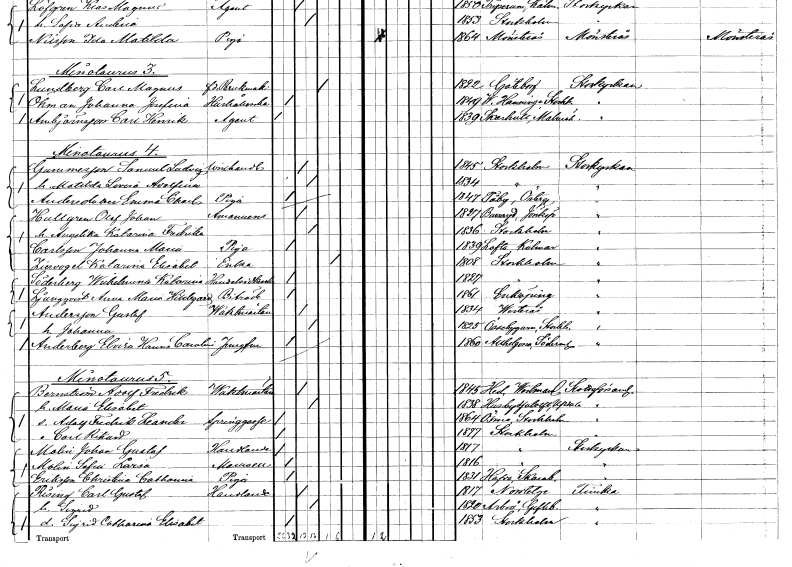
gt_parse: households: individuals: FN: Samuel Ludvig
EN: Gummesson
YRKE: Vinhandlare
KON: M
CIV: G
FODAR: 1845
FODFORS: Stockholm
FN: Matilda Lovisa Adolfina
KON: K
CIV: G
FODAR: 1834
FODFORS: Stockholm
FN: Emma Charlotta
EN: Andersdotter
YRKE: Piga
KON: K
CIV: O
FODAR: 1847
FODFORS: Tåby Östergötlands län
FN: Olof Johan
EN: Hultgren
YRKE: Amanuens
KON: M
CIV: G
FODAR: 1827
FODFORS: Burseryd Jönköpings län
FN: Angelika Katarina Fredrika
KON: K
CIV: G
FODAR: 1836
FODFORS: Stockholm
FN: Johanna Maria
EN: Carlsson
YRKE: Piga
KON: K
CIV: O
FODAR: 1839
FODFORS: Lofta Kalmar län
FN: Katarina Elisabet
EN: Ziervogel
YRKE: Änka
KON: K
CIV: E
FODAR: 1808
FODFORS: Stockholm
FN: Wilhelmina Katarina
EN: Söderberg
YRKE: Handelsidkerska
KON: K
CIV: O
FODAR: 1827
FODFORS: Stockholm
FN: Anna Maria Hildegard
EN: Ljungqvist
YRKE: Biträde
KON: K
CIV: O
FODAR: 1861
FODFORS: Enköping Uppsala län
FN: Gustaf
EN: Andersson
YRKE: Vaktmästare
KON: M
CIV: G
FODAR: 1834
FODFORS: Västerås Västmanlands län
FN: Johanna
KON: K
CIV: G
FODAR: 1825
FODFORS: Össeby-Garn Stockholms län
FN: Elvira Hanna Carolina
EN: Anderberg
YRKE: Jungfru
KON: K
CIV: O
FODAR: 1860
FODFORS: Helgona Södermanlands län
FN: Adolf Fredrik
EN: Bernström
YRKE: Vaktmästare
KON: M
CIV: G
FODAR: 1845
FODFORS: Hed Västmanlands län
FN: Maria Elisabet
KON: K
CIV: G
FODAR: 1838
FODFORS: Husby-Sjutolft Uppsala län
FN: Adolf Fredrik Leander
YRKE: Springgosse
KON: M
CIV: O
FODAR: 1864
FODFORS: Ösmo Stockholms län
FN: Carl Rikard
KON: M
CIV: O
FODAR: 1877
FODFORS: Stockholm
FN: Johan Gustaf
EN: Molin
YRKE: Handlande
KON: M
CIV: O
FODAR: 1817
FODFORS: Stockholm
FN: Sofia Laria
EN: Molin
KON: K
CIV: O
FODAR: 1816
FODFORS: Stockholm
FN: Christina Catharina
EN: Eriksson
YRKE: Piga
KON: K
CIV: O
FODAR: 1831
FODFORS: Hova Skaraborgs län
FN: Carl Gustaf
EN: Rising
YRKE: Handlande
KON: M
CIV: G
FODAR: 1817
FODFORS: Norrtälje Stockholms län
FN: Sigrid
KON: K
CIV: G
FODAR: 1820
FODFORS: Arbrå Gävleborgs län
FN: Sigrid Catharina Elisabet
KON: K
CIV: O
FODAR: 1853
FODFORS: Stockholm